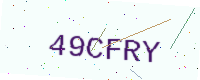
Text: 49CFRY